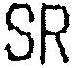
SR